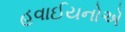
હવાઈયનોએ